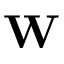
\mathbf { W }